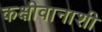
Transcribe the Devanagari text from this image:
कक्षीवानाशी